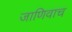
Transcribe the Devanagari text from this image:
जाणिवाच